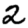
Digit: 2